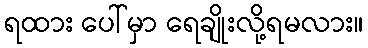
ရထား ပေါ်မှာ ရေချိုးလို့ရမလား။